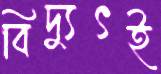
বিদ্যুৎই